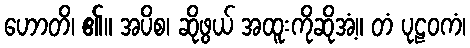
ဟောတိ၊ ၏။ အပိစ၊ ဆိုဖွယ် အထူးကိုဆိုအံ့။ တံ ပုဠဝကံ၊